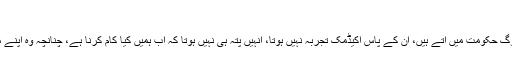
عدم استحکام اور کرپشن
سیاسی پارٹیوں کے ذریعے جو لوگ حکومت میں آتے ہیں، ان کے پاس اکیڈمک تجربہ نہیں ہوتا، انہیں پتہ ہی نہیں ہوتا کہ اب ہمیں کیا کام کرنا ہے، چنانچہ وہ اپنے ماتحتوں سے ہی ڈرتے رہتے ہیں۔